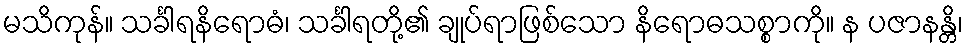
မသိကုန်။ သင်္ခါရနိရောဓံ၊ သင်္ခါရတို့၏ ချုပ်ရာဖြစ်သော နိရောဓသစ္စာကို။ န ပဇာနန္တိ၊